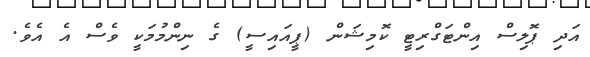
އަދި ޕޮލިސް އިންޓަގްރިޓީ ކޮމިޝަން (ޕީއައިސީ) ގެ ނިންމުމަކީ ވެސް އެ އެވެ.